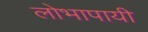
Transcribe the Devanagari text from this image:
लोभापायी